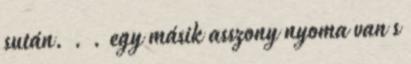
sután. . . egy másik asszony nyoma van s